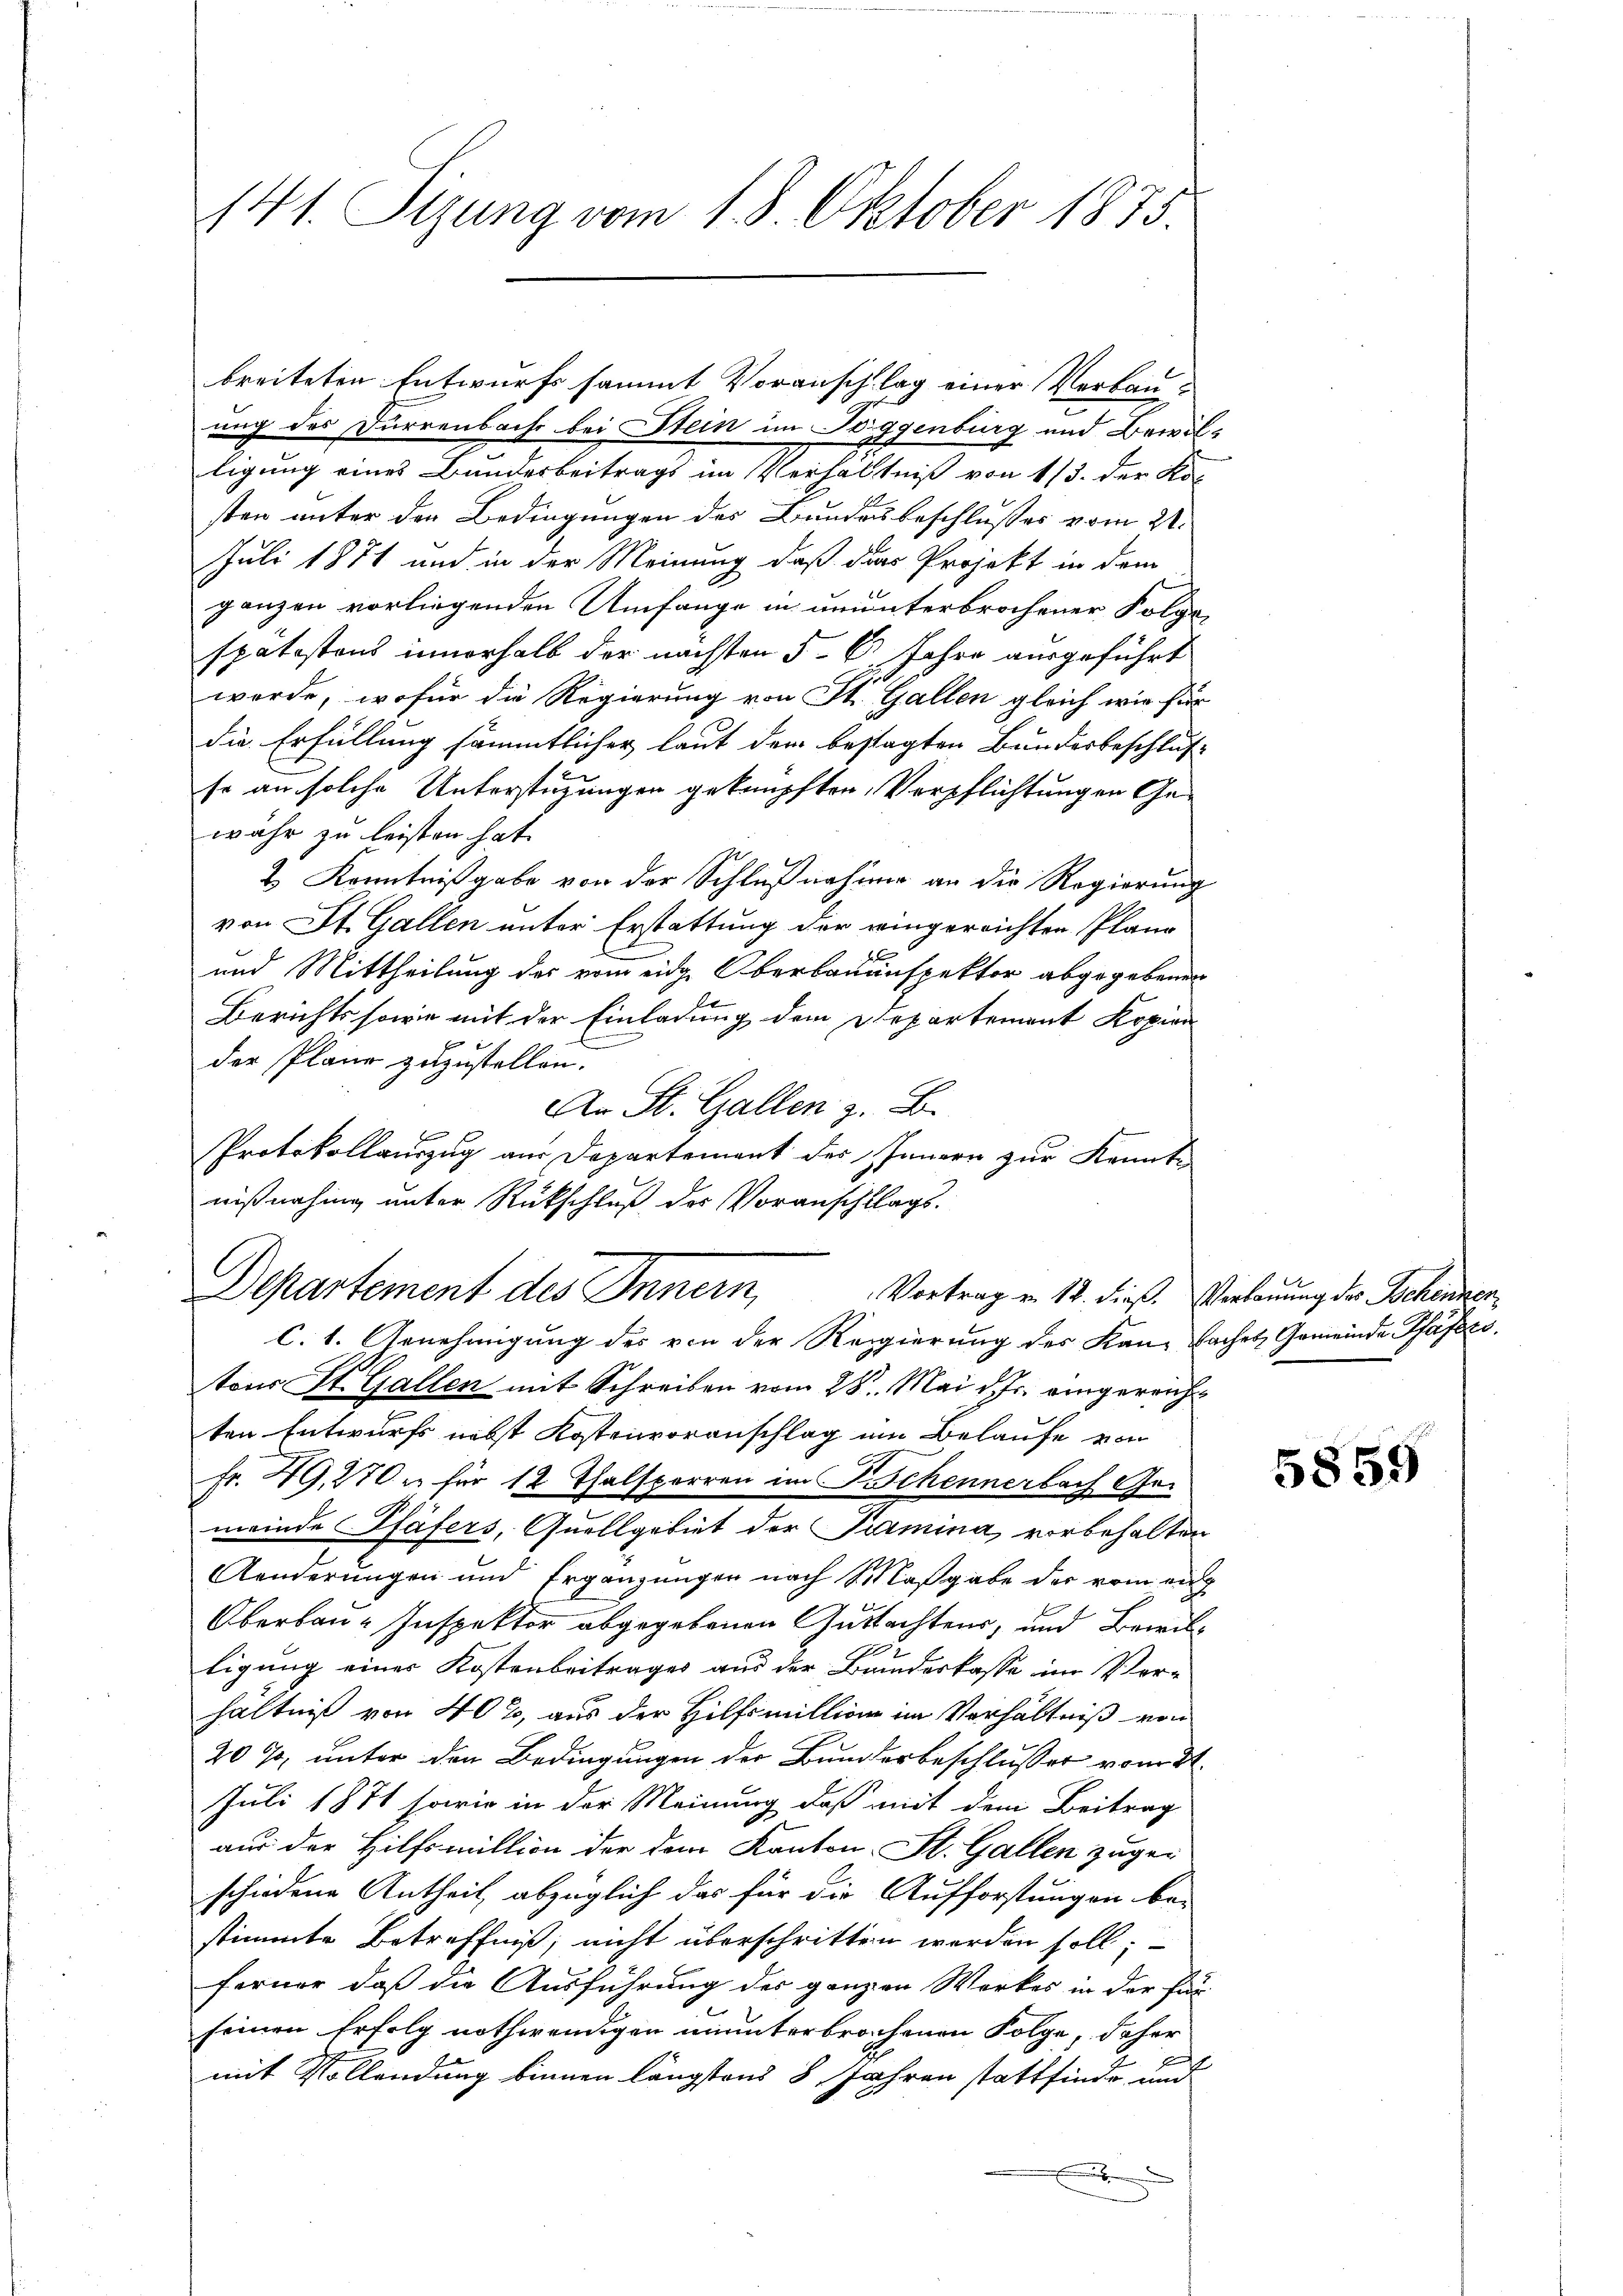
141. Sizung vom 18. Oktober 1875.

ung des Dürrenbachs bei Stein im Toggenburg und Bewilligung eines Bundesbeitrags im Verhältniß von 1/3. der Kosten unter den Bedingungen des Bundesbeschlusses vom 21.
Juli 1871 und in der Meinung, daß das Projekt in dem
ganzen vorliegenden Umfange in ununterbrochener Folge
spätestens innerhalb der nächsten 5-6 Jahre ausgeführt
9
werde, wofür die Regierung von St. Gallen gleich wie für
die Erfüllung sämmtlicher laut der bestagten Bundesbeschlus
so an solche Unterstüzungen geknüpften Verpflichtungen Gewähr zu leisten hat.
& Kenntnißgabe von der Schlußnahme an die Regierung
von St. Gallen unter Erstattung der eingereichten Plane-
und Mittheilung des vom eidge Oberbauenspektor abgegebenen
Berichts sowie mit der Einladung dem Departement Kopien
der Plane zuzustellen.
An St. Gallen z. B.
Protokollauszug aus Departement des Innern zur Kennt-
nißnahme unter Rückschluß des Voranschlags-
Departement des Innern,
Vortrag v. 12. dieß. Verbauung des Sachennen
C. 1. Genehmigung des von der Regierung des Kan faches Gemeinde Pfäfers.
tons St. Gallen mit Schreiben vom 28. Mai d. Js. eingereichten Entwurfs nebst Kostenvoranschlag im Belaufe von
Fr. 49, 270 u. für 12 Thalsperren im Scheunerbach Gemeinde Pfäfers, Quellgebiet der Termina vorbehalten
Aenderungen und Ergänzungen nach Maßgabe der vom ein
Oberbau-Inspektor abgegebenen Guttachtens, und Bewilligung einer Kostenbeitrages aus der Bundeskasse im Ver-
hältniß von 40%, aus der Hilfsmillione im Verhältniß von
20 % unter den Bedingungen der Bunderbeschlusser vom 21.
Juli 1871 sowie in der Meinung, daß mit dem Beitrag
aus der Hilfsmittion der dem Kanton St. Gallen zugeschiedene Antheil, abzüglich das für die Aufforstungen be-
stimmte Betreffniß, nicht überschritten werden soll;
ferner daß die Ausführung des ganzen Werkes in der für
seinen Erfolg nothwendigen ununterbrochenen Folge, daher
e
mit Vollendung binnen längstens 8 Jahren stattfinde und
e

C

breiteten Entwurfs sammt Voranschlag einer Verbau¬

5859